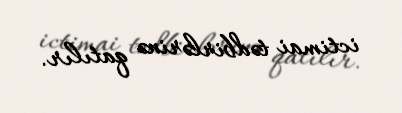
ictimai tədbirlərinə qatılır.